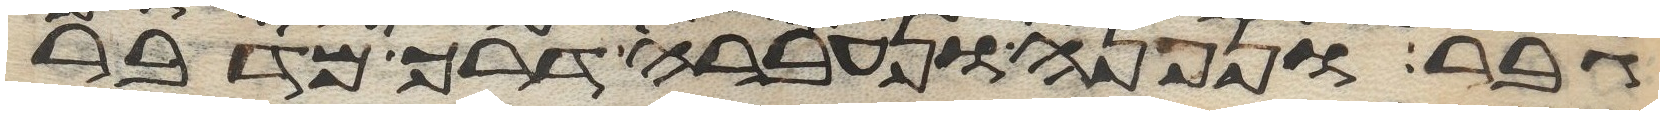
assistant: גבר ונפנה ונעברה דרך מדבר